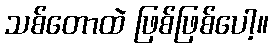
သစ်တောထဲ ဖြစ်ဖြစ်ပေါ့။